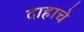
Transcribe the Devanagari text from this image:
दाहाचे